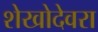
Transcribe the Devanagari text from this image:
शेखोदेवरा